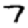
Digit: 7